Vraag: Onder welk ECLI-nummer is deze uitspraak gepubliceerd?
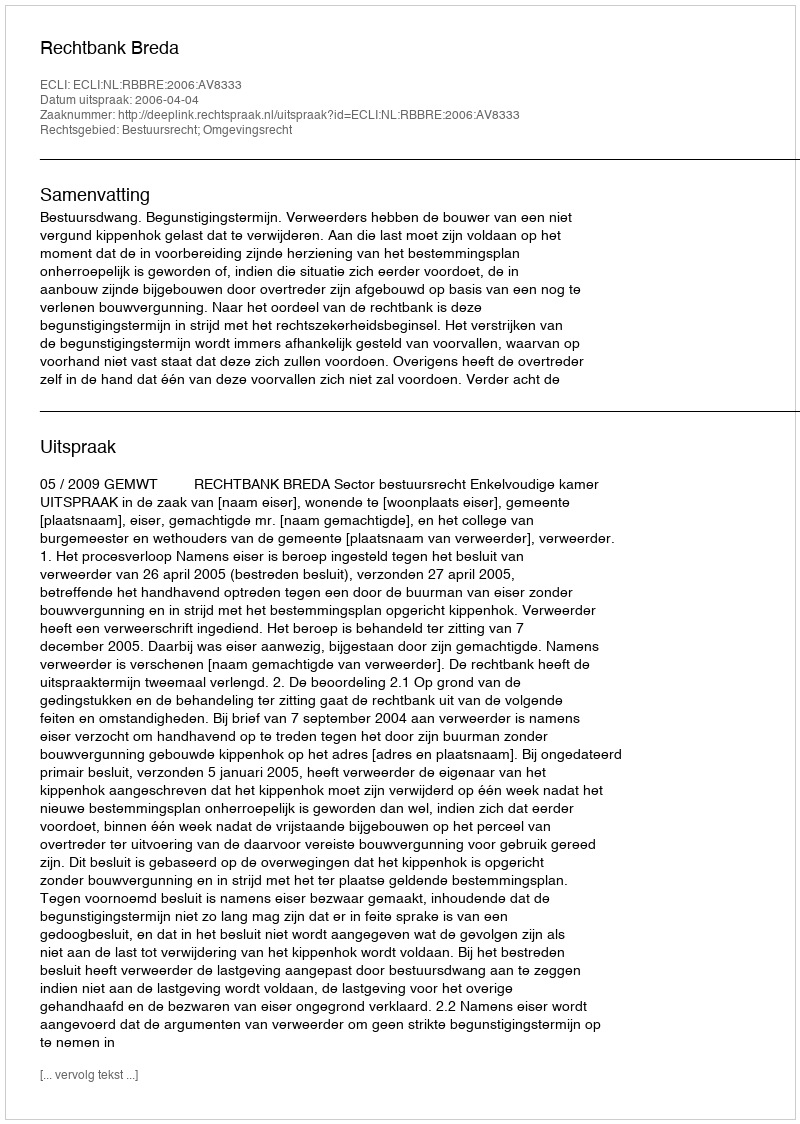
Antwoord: ECLI:NL:RBBRE:2006:AV8333